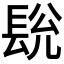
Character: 𮣽